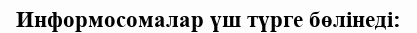
Информосомалар үш түрге бөлінеді: